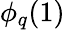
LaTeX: \phi_{q}(1)